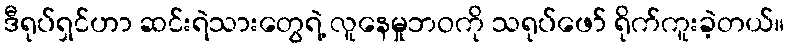
ဒီရုပ်ရှင်ဟာ ဆင်းရဲသားတွေရဲ့ လူနေမှုဘဝကို သရုပ်ဖော် ရိုက်ကူးခဲ့တယ်။